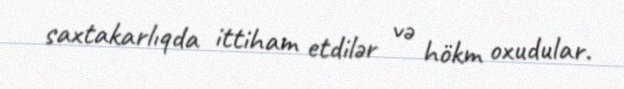
saxtakarlıqda ittiham etdilər və hökm oxudular.